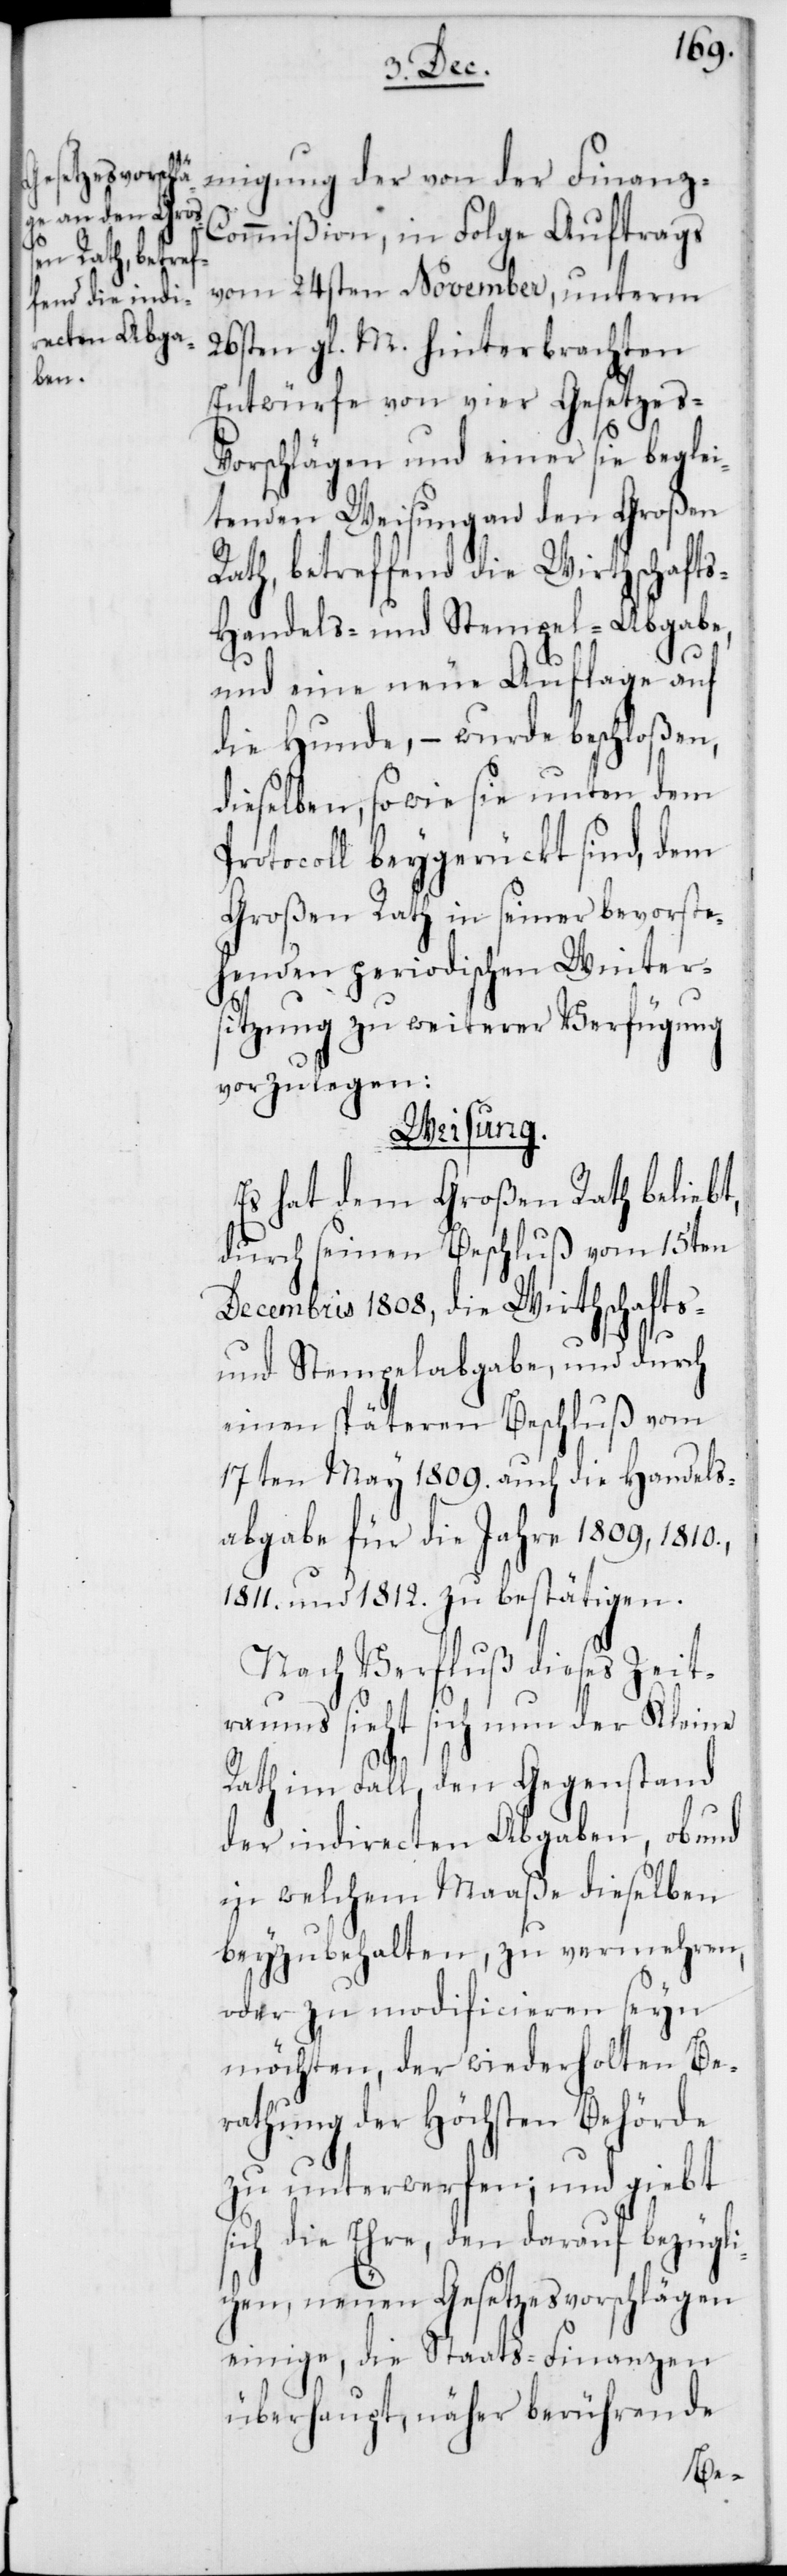
s-[,]
Finanz-C¬
ommißion, in Folge Auftrags
vom 24sten November, unterm
26sten gl. M. hinterbrachten
Entwürfe von vier Gesetzes-V¬
orschlägen und einer sie beglei¬
tenden Weisung an den Großen
Rath, betreffend die Wirthschaft¬
Handels- und Stempel-Abgabe,
und eine neue Auflage auf
die Hunde, – wurde beschloßen,
dieselben, so wie sie unter dem
Protocoll beygerückt sind, dem
Großen Rath in seiner bevorste¬
henden periodischen Winters¬
itzung zu weiterer Verfügung
vorzulegen:
Weisung.
Es hat dem Großen Rath beliebt,
durch seinen Beschluß vom 15ten
Decembris 1808, die Wirthschafts-
und Stempelabgabe, und durch
einen späteren Beschluß vom
17ten May 1809. auch die Handels¬
abgabe für die Jahre 1809., 1810.,
1811. und 1812. zu bestätigen.
Nach Verfluß dieses Zeit¬
raums sieht sich nun der Kleine
Rath im Fall, den Gegenstand
der indirecten Abgaben, ob und
in welchem Maaße dieselben
beyzubehalten, zu vermehren,
oder zu modificieren seyn
möchten, der wiederholten Be¬
rathung der Höchsten Behörde
zu unterwerfen; und giebt
sich die Ehre, den darauf bezügli¬
chen, neuen Gesetzesvorschlägen
einige, die Staats-Finanzen
überhaupt, näher berührende